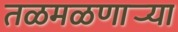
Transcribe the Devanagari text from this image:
तळमळणार्‍या